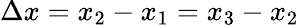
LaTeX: \Delta x=x_{2}-x_{1}=x_{3}-x_{2}